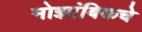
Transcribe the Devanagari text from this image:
मोझांबिकचे